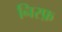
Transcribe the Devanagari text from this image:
निस्फ़